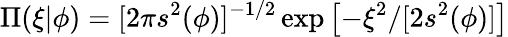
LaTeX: \Pi(\xi|\phi)=[2\pi s^{2}(\phi)]^{-1/2}\exp\left[-\xi^{2}/[2s^{2}(\phi)]\right]